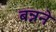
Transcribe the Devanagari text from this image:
बन्नने